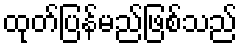
ထုတ်ပြန်မည်ဖြစ်သည်